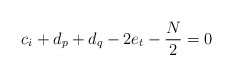
\begin{align*}c_i+d_p+d_q-2e_t-\frac{N}{2} = 0 \end{align*}